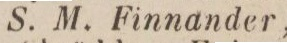
S. M. Finnander,